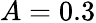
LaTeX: A=0.3